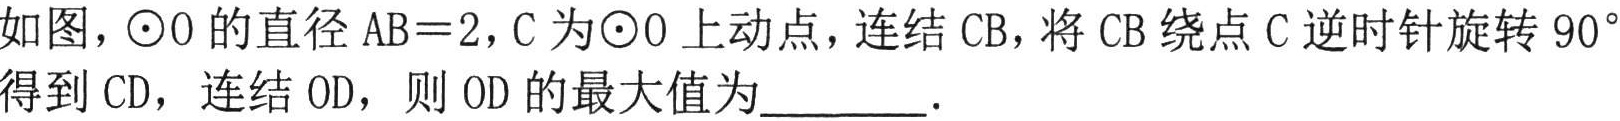
如图，$\odot O$的直径$AB = 2$，$C$为$\odot O$上动点，连结$CB$，将$CB$绕点$C$逆时针旋转$90^{\circ}$得到$CD$， 连结$OD$，则$OD$的最大值为________．